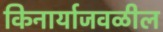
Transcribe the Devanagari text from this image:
किनार्याजवळील